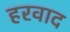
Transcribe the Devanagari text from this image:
हरवाद